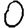
Digit: 0